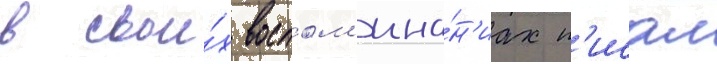
в свои́х воспом'ина́н'иах п'исал